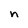
Character: n